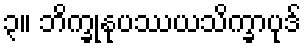
၃။ ဘိက္ခုနုပဿယသိက္ခာပုဒ်